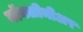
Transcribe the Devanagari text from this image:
नॉनलीनीअर